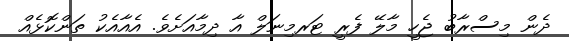
ދެން މިސްރާބު ޖެހީ މާލޭ ފެރީ ޓަރމިނަލް އާ ދިމާއަށެވެ. އެއާއެކު ތަންކޮޅެއް